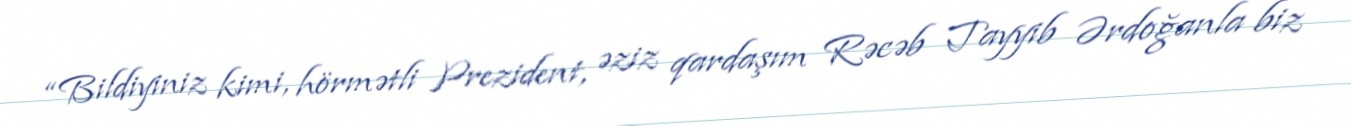
“Bildiyiniz kimi, hörmətli Prezident, əziz qardaşım Rəcəb Tayyib Ərdoğanla biz